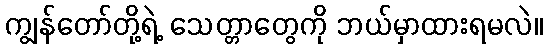
ကျွန်တော်တို့ရဲ့ သေတ္တာတွေကို ဘယ်မှာထားရမလဲ။